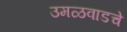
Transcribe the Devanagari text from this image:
उमळवाडचे